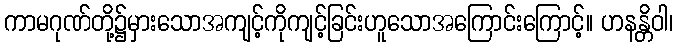
ကာမဂုဏ်တို့၌မှားသောအကျင့်ကိုကျင့်ခြင်းဟူသောအကြောင်းကြောင့်။ ဟနန္တိဝါ၊